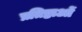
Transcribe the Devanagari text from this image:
प्रतिष्ठाओं